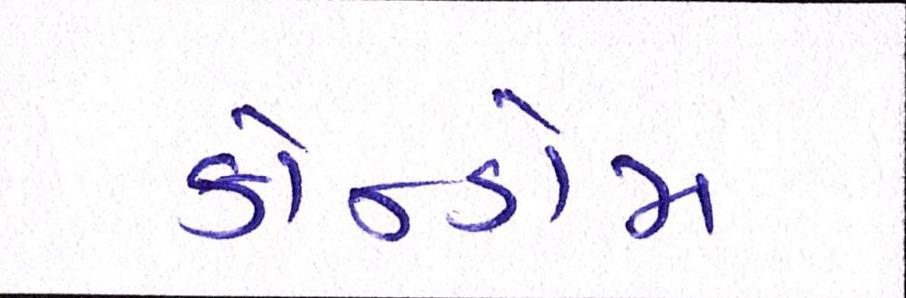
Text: કોન્ડોમ